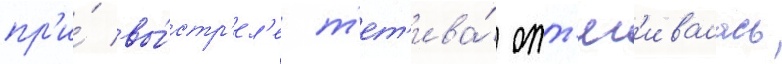
пр'и́ вы́стр'ел'е т'ет'ива́ отт'яг'ивалась